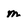
Character: m